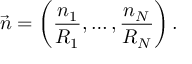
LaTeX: \vec { n } = \left( \frac { n _ { 1 } } { R _ { 1 } } , \ldots , \frac { n _ { N } } { R _ { N } } \right) .